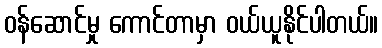
ဝန်ဆောင်မှု ကောင်တာမှာ ဝယ်ယူနိုင်ပါတယ်။